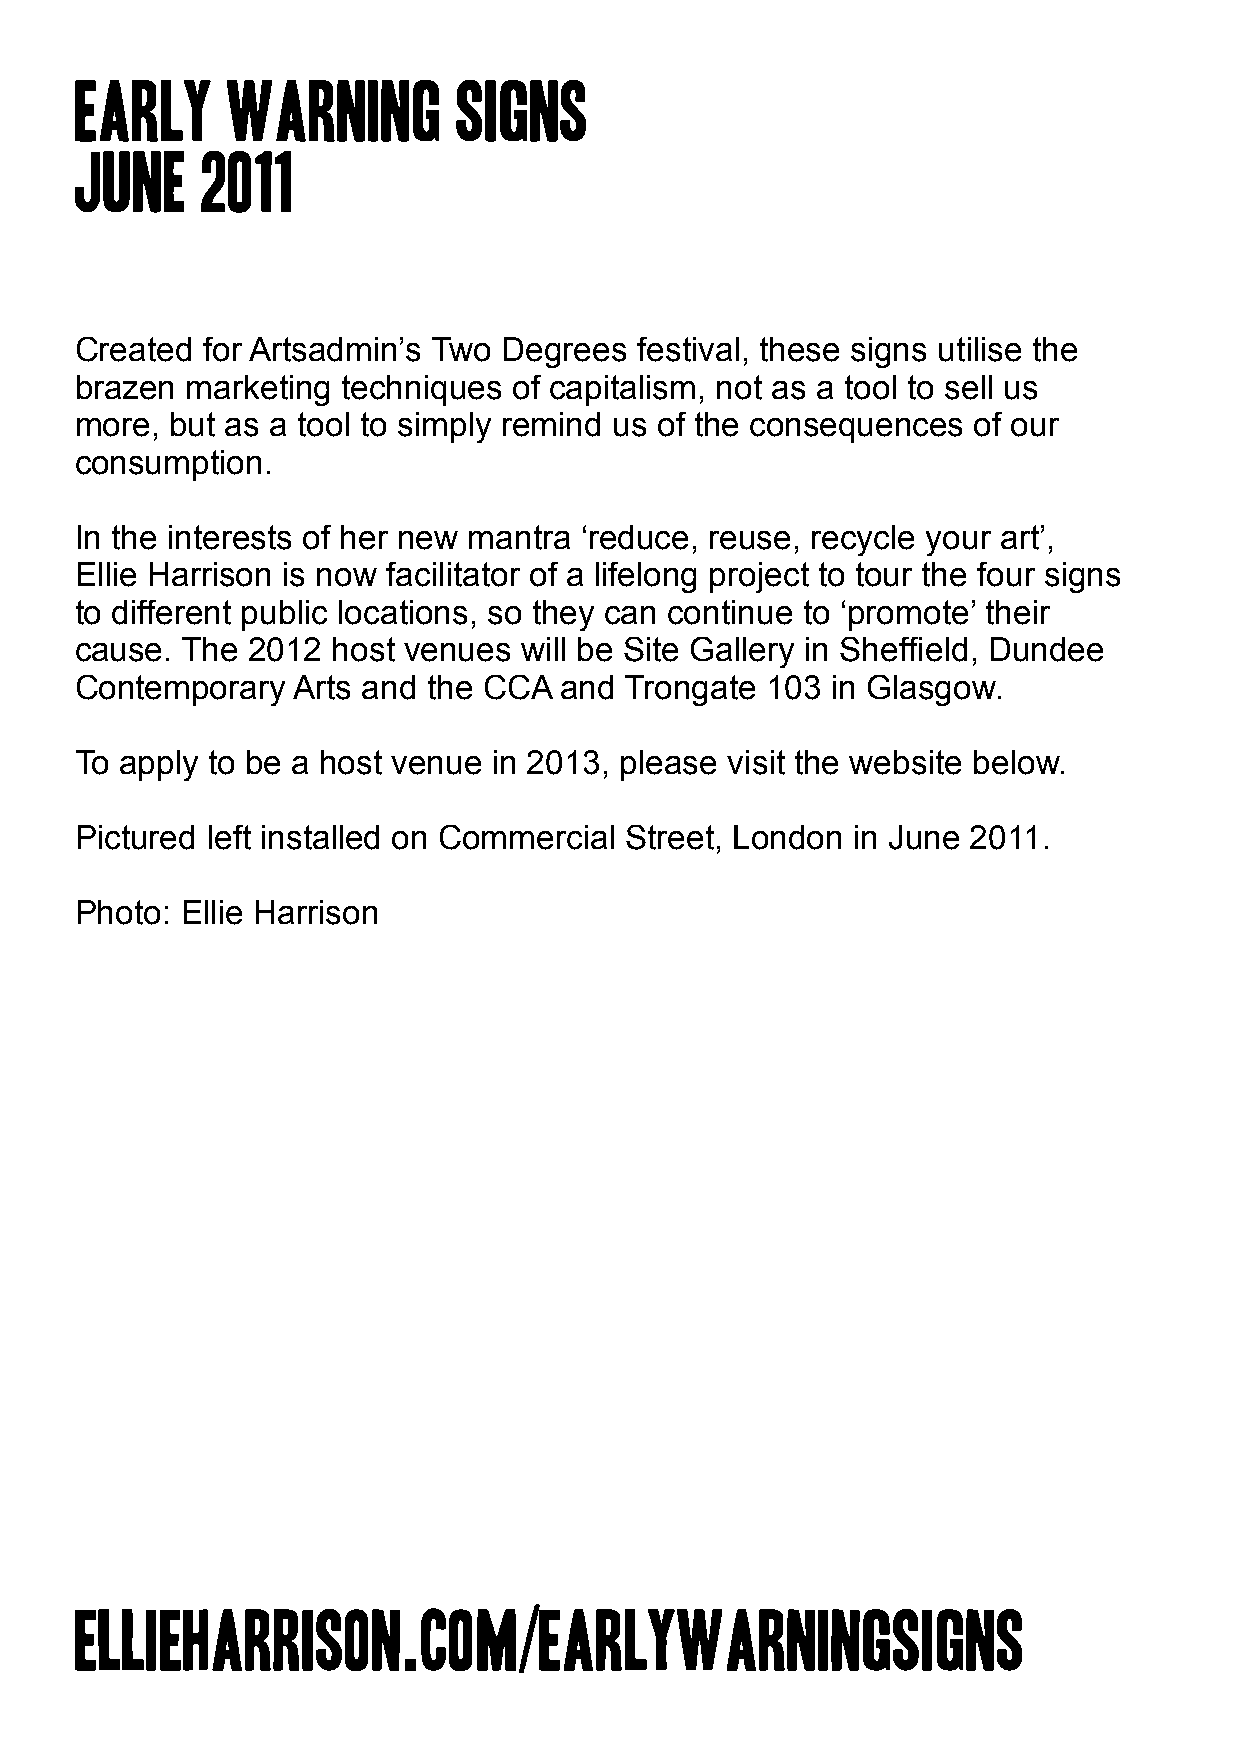
Early     Warning        Signs
 June    2011
 Created for Artsadmin’s Two Degrees  festival, these signs utilise the
 brazen marketing  techniques of capitalism, not as a tool to sell us
 more, but as a tool to simply remind us of the consequences of our
 consumption.
 In the interests of her new mantra ‘reduce, reuse, recycle your art’,
 Ellie Harrison is now facilitator of a lifelong project to tour the four signs
 to different public locations, so they can continue to ‘promote’ their
 cause. The 2012  host venues will be Site Gallery in Sheffield, Dundee
 Contemporary  Arts and the CCA  and Trongate  103 in Glasgow.
 To apply to be a host venue in 2013, please visit the website below.
 Pictured left installed on Commercial Street, London in June 2011.
 Photo: Ellie Harrison
 ellieharrison.com/earlywarningsigns